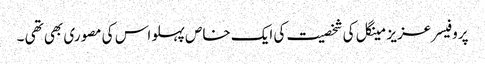
پروفیسر عزیز مینگل کی شخصیت کی ایک خاص پہلو اس کی مصوری بھی تھی ۔